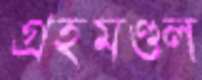
গ্রহমণ্ডল